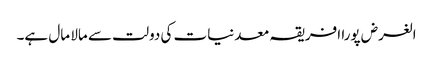
الغرض پورا افریقہ معدنیات کی دولت سے مالا مال ہے۔